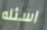
اسئله